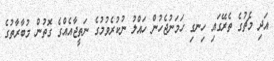
އަދި މެޗުގެ ތެރޭގައި ހިނގި ހަމަނުޖެހުން ހައްލު ނުކުރެވުމުގެ ނަތީޖާއެއްގެ ގޮތުން މުބާރާތުގެ